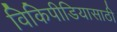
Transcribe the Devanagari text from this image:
विकिपीडियासाठी